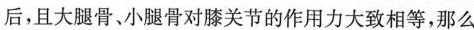
后，且大腿骨、小腿骨对膝关节的作用力大致相等，那么